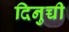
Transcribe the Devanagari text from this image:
दिनुच्ची